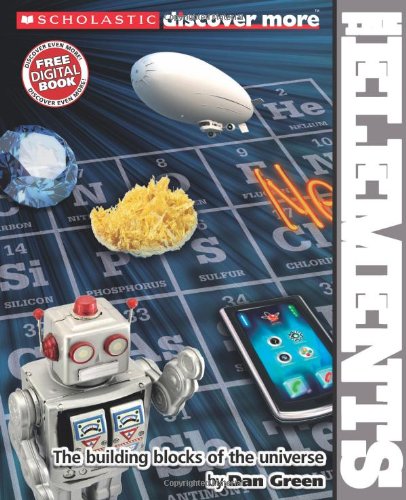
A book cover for Scholastic Discover More: The Elements; Dan Green; Children's Books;